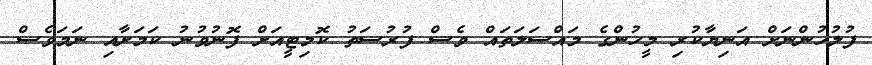
ފުލުހުންނަށް އަނިޔާކުރި މީހުންގެ މައްސަލަތައް ވެސް ފުރުސަތު ކޮމިޓީއަށް ފޮނުވުނު ކަމަށާއި ނަމަވެސް